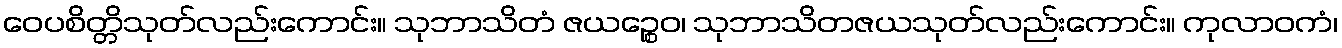
ဝေပစိတ္တိသုတ်လည်းကောင်း။ သုဘာသိတံ ဇယဉ္စေဝ၊ သုဘာသိတဇယသုတ်လည်းကောင်း။ ကုလာဝကံ၊